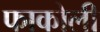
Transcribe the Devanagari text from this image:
फाकोली